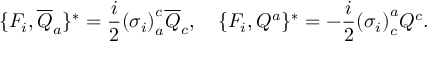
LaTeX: \lbrace { \cal F } _ { i } , { \overline { { { Q } } } } _ { a } \rbrace ^ { \ast } = \frac { i } { 2 } { ( \sigma _ { i } ) } _ { a } ^ { c } { \overline { { { Q } } } } _ { c } , \quad \lbrace { \cal F } _ { i } , Q ^ { a } \rbrace ^ { \ast } = - \frac { i } { 2 } { ( \sigma _ { i } ) } _ { c } ^ { a } Q ^ { c } .